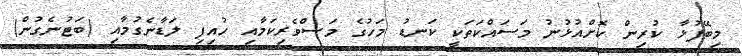
މިބޭފުޅާ ކުރިން ކޮށްއުޅުނު މަސައްކަތަކީ ކަނޑު މަހުގެ މަސްވެރިކަމާއި ހުއިފި ލަޑާނެގުމާއި (ބަޓުނެގުން)